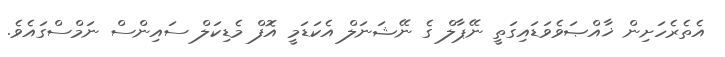
އެތެރެހަށިން ޚާއްޞަވެވަޑައިގަތީ ނޭޕާލް ގެ ނޭޝަނަލް އެކަޑަމީ އޮފް މެޑިކަލް ސައިންސް ނަމްސްގައެވެ.